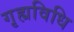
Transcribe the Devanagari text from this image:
गृह्यविधि